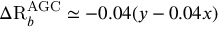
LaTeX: \Delta \mathrm { R } _ { b } ^ { \mathrm { A G C } } \simeq - 0 . 0 4 ( y - 0 . 0 4 x )